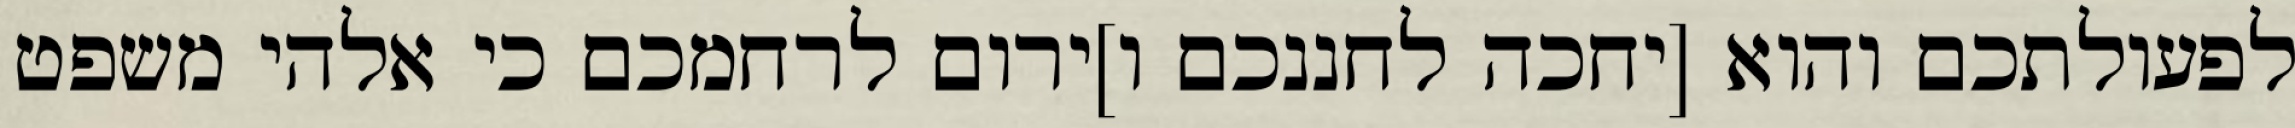
לפעולתכם והוא [יחכה לחננכם ו]ירום לרחמכם כי אלהי משפט